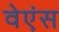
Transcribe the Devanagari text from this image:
वेएंस